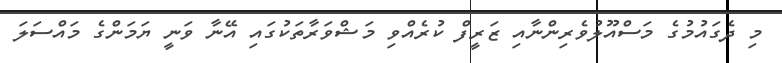
މި ދެގައުމުގެ މަސްއޫލުވެރިންނާއި ޒަރީފް ކުރެއްވި މަޝްވަރާތަކުގައި އޭނާ ވަނީ ޔަމަންގެ މައްސަލަ